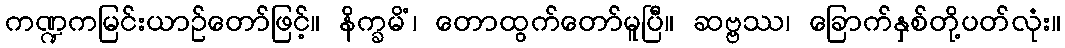
ကဏ္ဍကမြင်းယာဉ်တော်ဖြင့်။ နိက္ခမိံ၊ တောထွက်တော်မူပြီ။ ဆဗ္ဗဿ၊ ခြောက်နှစ်တို့ပတ်လုံး။